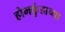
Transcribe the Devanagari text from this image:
होमकुंडाच्या